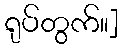
ရုပ်တွက်။]